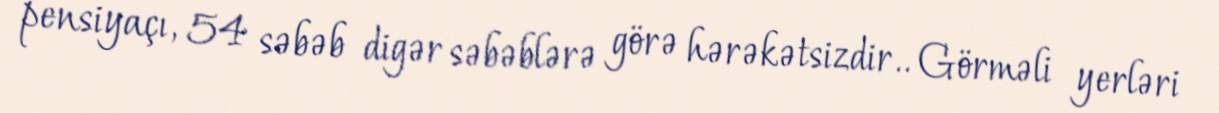
pensiyaçı, 54 səbəb digər səbəblərə görə hərəkətsizdir.. Görməli yerləri